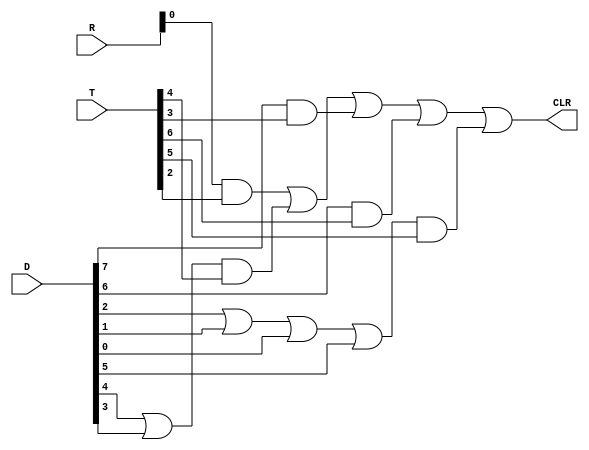
module SC_Control(CLR, T, D, R);

	output CLR;
	input [7:0] T, D, R;
	
	wire a1, a2, a3, a4, a5, o1, o2;
	
	assign a1 = R & T[2];
	assign o1 = D[4] | D[3];
	assign a2 = o1 & T[4];
	assign a3 = D[7] & T[3];
	assign a4 = D[6] & T[6] ;
	assign o2 = D[2] | D[1] | D[0] | D[5];
	assign a5 = o2 & T[5];
	assign CLR = a1 | a2 | a3 | a4 | a5;
	
endmodule